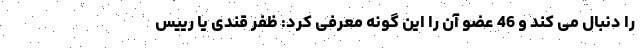
را دنبال می کند و 46 عضو آن را این گونه معرفی کرد: ظفر قندی یا رییس